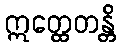
ဣတ္ထေတန္တိ